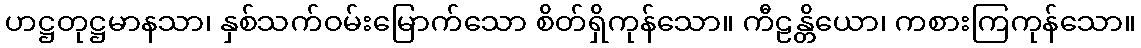
ဟဋ္ဌတုဋ္ဌမာနသာ၊ နှစ်သက်ဝမ်းမြောက်သော စိတ်ရှိကုန်သော။ ကီဠန္တိယော၊ ကစားကြကုန်သော။